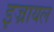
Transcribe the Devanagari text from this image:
इज्रायल